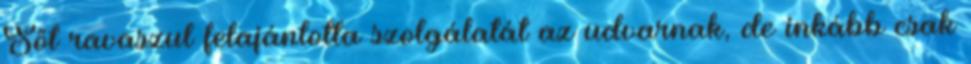
Sőt ravaszul felajánlotta szolgálatát az udvarnak, de inkább csak